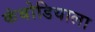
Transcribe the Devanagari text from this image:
कंबोडियाला